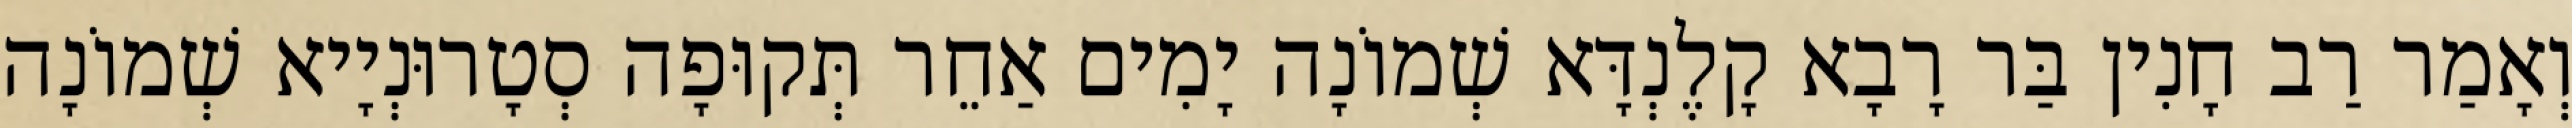
וְאָמַר רַב חָנִין בַּר רָבָא קָלֶנְדָּא שְׁמוֹנָה יָמִים אַחֵר תְּקוּפָה סְטָרוּנְיָיא שְׁמוֹנָה